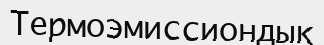
Термоэмиссиондық